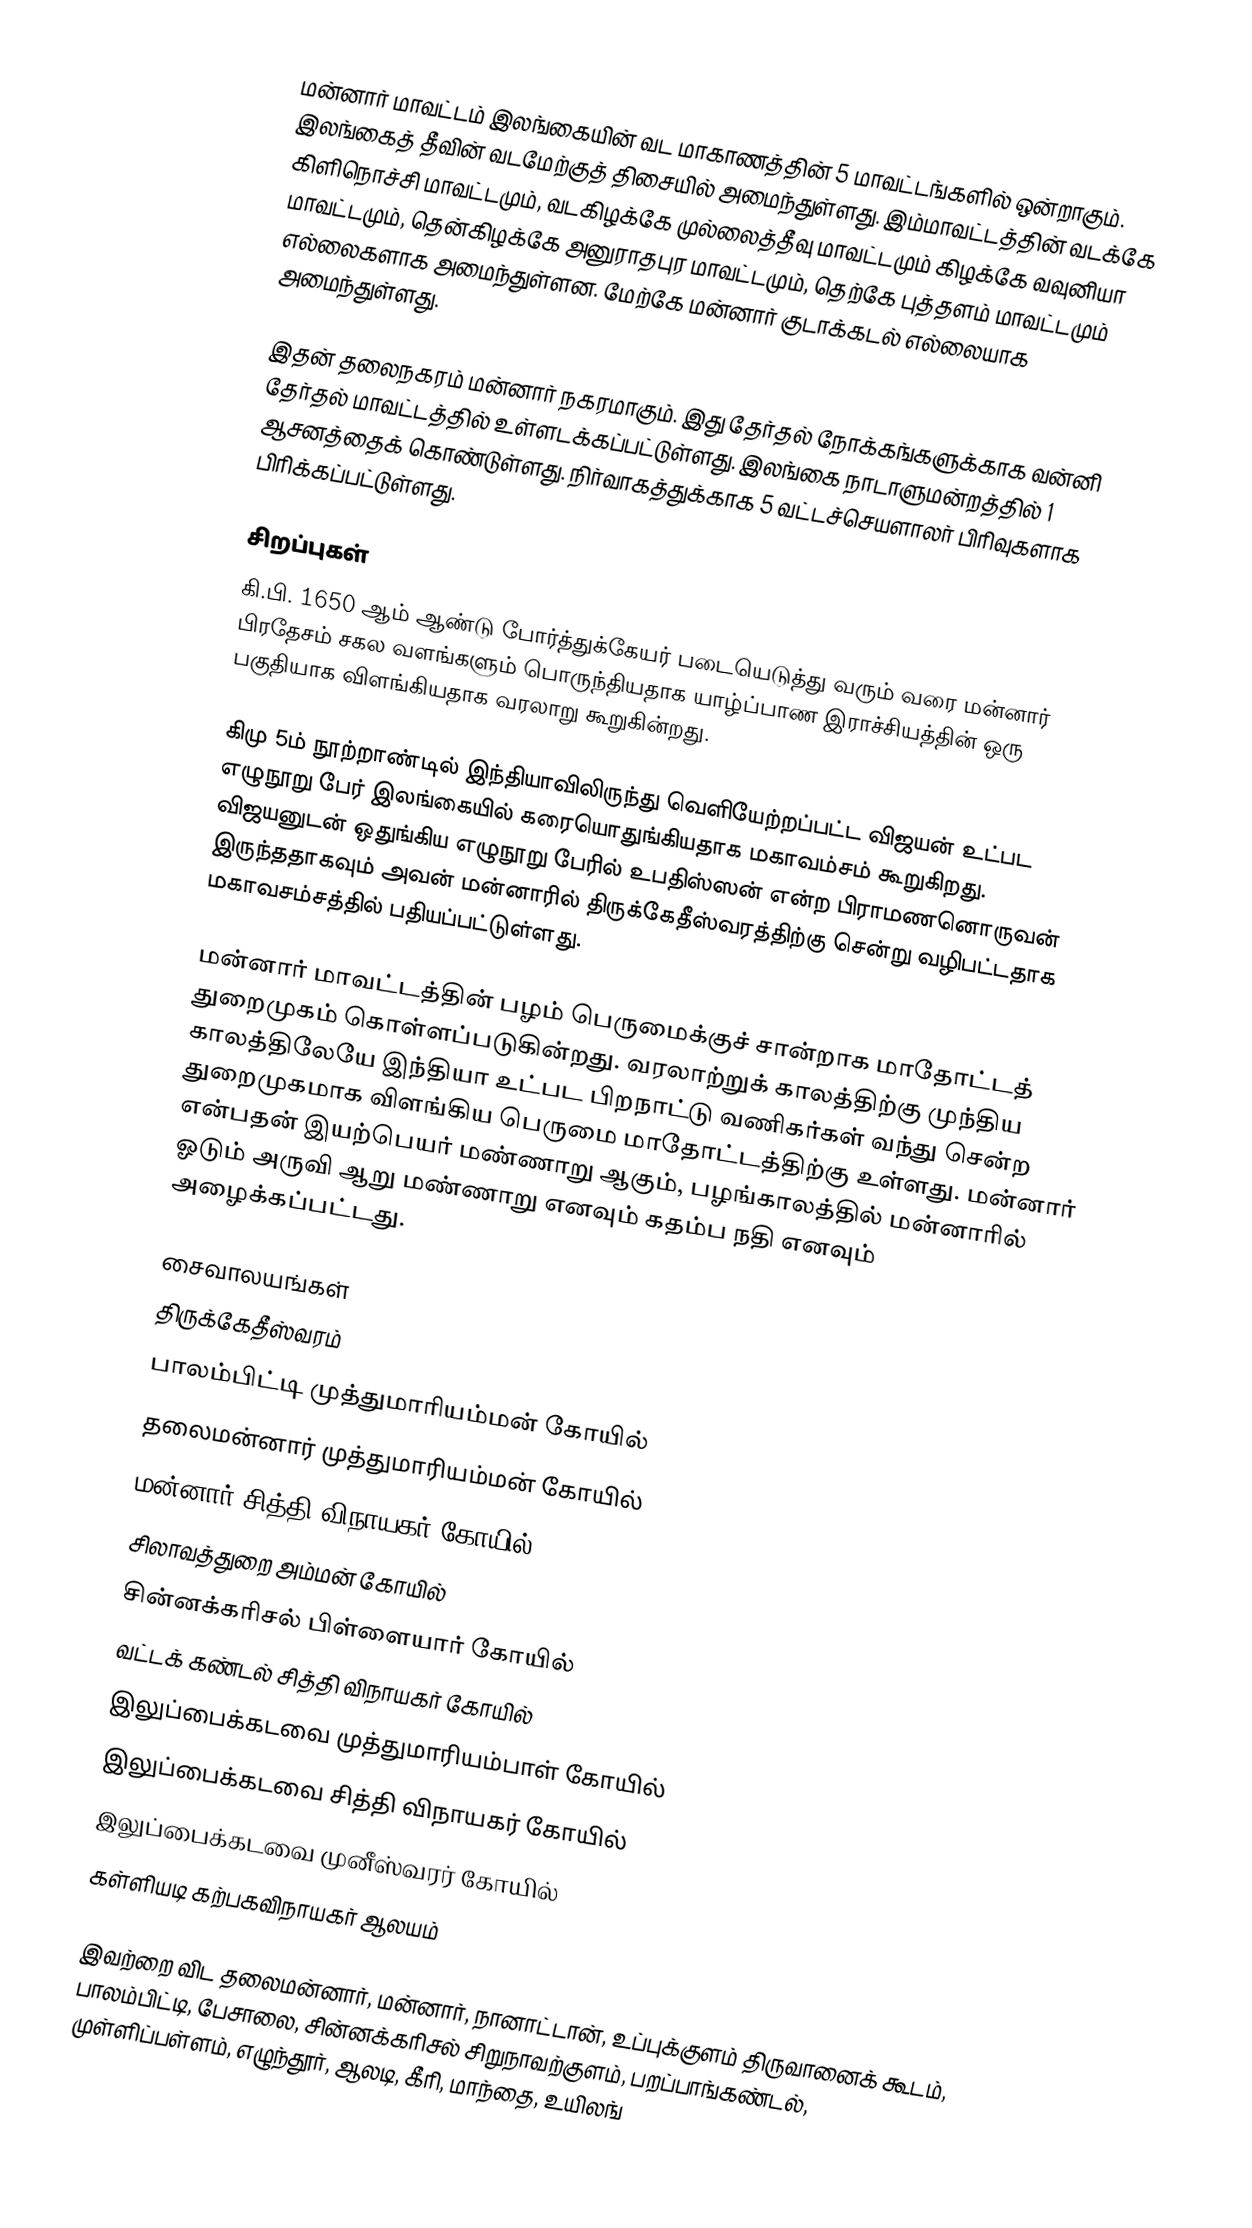
மன்னார் மாவட்டம்  இலங்கையின் வட மாகாணத்தின் 5 மாவட்டங்களில் ஒன்றாகும். இலங்கைத் தீவின் வடமேற்குத் திசையில் அமைந்துள்ளது. இம்மாவட்டத்தின் வடக்கே கிளிநொச்சி மாவட்டமும், வடகிழக்கே முல்லைத்தீவு மாவட்டமும் கிழக்கே வவுனியா மாவட்டமும், தென்கிழக்கே அனுராதபுர மாவட்டமும், தெற்கே புத்தளம் மாவட்டமும் எல்லைகளாக அமைந்துள்ளன. மேற்கே மன்னார் குடாக்கடல் எல்லையாக அமைந்துள்ளது.

இதன் தலைநகரம் மன்னார் நகரமாகும். இது தேர்தல் நோக்கங்களுக்காக வன்னி தேர்தல் மாவட்டத்தில் உள்ளடக்கப்பட்டுள்ளது. இலங்கை நாடாளுமன்றத்தில் 1 ஆசனத்தைக் கொண்டுள்ளது. நிர்வாகத்துக்காக 5 வட்டச்செயளாலர் பிரிவுகளாக பிரிக்கப்பட்டுள்ளது.

சிறப்புகள்
கி.பி. 1650 ஆம் ஆண்டு போர்த்துக்கேயர் படையெடுத்து வரும் வரை மன்னார் பிரதேசம் சகல வளங்களும் பொருந்தியதாக யாழ்ப்பாண இராச்சியத்தின் ஒரு பகுதியாக விளங்கியதாக வரலாறு கூறுகின்றது.

கிமு 5ம் நூற்றாண்டில் இந்தியாவிலிருந்து வெளியேற்றப்பட்ட விஜயன் உட்பட எழுநூறு பேர் இலங்கையில் கரையொதுங்கியதாக மகாவம்சம் கூறுகிறது. விஜயனுடன் ஒதுங்கிய எழுநூறு பேரில் உபதிஸ்ஸன் என்ற பிராமணனொருவன் இருந்ததாகவும் அவன் மன்னாரில் திருக்கேதீஸ்வரத்திற்கு சென்று வழிபட்டதாக மகாவசம்சத்தில் பதியப்பட்டுள்ளது.

மன்னார் மாவட்டத்தின் பழம் பெருமைக்குச் சான்றாக மாதோட்டத் துறைமுகம் கொள்ளப்படுகின்றது. வரலாற்றுக் காலத்திற்கு முந்திய காலத்திலேயே இந்தியா உட்பட பிறநாட்டு வணிகர்கள் வந்து சென்ற துறைமுகமாக விளங்கிய பெருமை மாதோட்டத்திற்கு உள்ளது. மன்னார் என்பதன் இயற்பெயர் மண்ணாறு ஆகும், பழங்காலத்தில் மன்னாரில் ஓடும் அருவி ஆறு மண்ணாறு எனவும் கதம்ப நதி எனவும் அழைக்கப்பட்டது.

சைவாலயங்கள்
 திருக்கேதீஸ்வரம்
 பாலம்பிட்டி முத்துமாரியம்மன் கோயில்
 தலைமன்னார் முத்துமாரியம்மன் கோயில்
 மன்னார் சித்தி விநாயகர் கோயில்
 சிலாவத்துறை அம்மன் கோயில்
 சின்னக்கரிசல் பிள்ளையார் கோயில்
 வட்டக் கண்டல் சித்தி விநாயகர் கோயில்
 இலுப்பைக்கடவை முத்துமாரியம்பாள் கோயில்
 இலுப்பைக்கடவை சித்தி விநாயகர் கோயில்
 இலுப்பைக்கடவை முனீஸ்வரர் கோயில்
 கள்ளியடி கற்பகவிநாயகர் ஆலயம்

இவற்றை விட தலைமன்னார், மன்னார், நானாட்டான், உப்புக்குளம் திருவானைக் கூடம், பாலம்பிட்டி, பேசாலை, சின்னக்கரிசல் சிறுநாவற்குளம், பறப்பாங்கண்டல், முள்ளிப்பள்ளம், எழுந்தூர், ஆலடி, கீரி, மாந்தை, உயிலங்